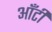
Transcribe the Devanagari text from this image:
आँटी